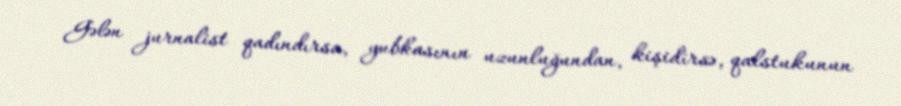
Gələn jurnalist qadındırsa, yubkasının uzunluğundan, kişidirsə, qalstukunun